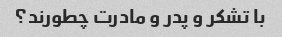
با تشکر و پدر و مادرت چطورند؟